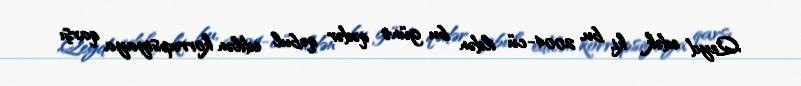
Qeyd edək ki, bu, 2004-cü ildən bu günə qədər qəbul edilən korrupsiyaya qarşı